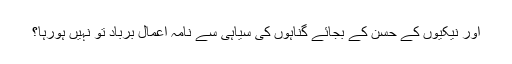
اور نیکیوں کے حسن کے بجائے گناہوں کی سیاہی سے نامہ اعمال برباد تو نہیں ہورہا؟